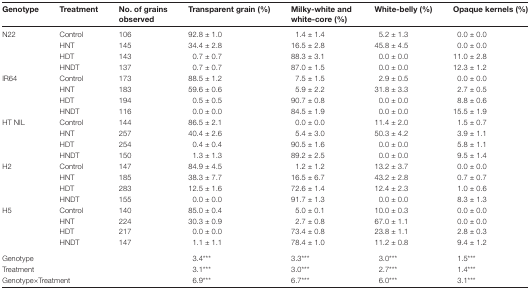
<table><thead><tr><td><b>Genotype</b></td><td><b>Treatment</b></td><td><b>No. of grains observed</b></td><td><b>Transparent grain (%)</b></td><td><b>Milky-white and white-core (%)</b></td><td><b>White-belly (%)</b></td><td><b>Opaque kernels (%)</b></td></tr></thead><tbody><tr><td>N22</td><td>Control</td><td>106</td><td>92.8 ± 1.0</td><td>1.4 ± 1.4</td><td>5.2 ± 1.3</td><td>0.0 ± 0.0</td></tr><tr><td></td><td>HNT</td><td>145</td><td>34.4 ± 2.8</td><td>16.5 ± 2.8</td><td>45.8 ± 4.5</td><td>0.0 ± 0.0</td></tr><tr><td></td><td>HDT</td><td>143</td><td>0.7 ± 0.7</td><td>88.3 ± 3.1</td><td>0.0 ± 0.0</td><td>11.0 ± 2.8</td></tr><tr><td></td><td>HNDT</td><td>137</td><td>0.7 ± 0.7</td><td>87.0 ± 1.5</td><td>0.0 ± 0.0</td><td>12.3 ± 1.2</td></tr><tr><td>IR64</td><td>Control</td><td>173</td><td>88.5 ± 1.2</td><td>7.5 ± 1.5</td><td>2.9 ± 0.5</td><td>0.0 ± 0.0</td></tr><tr><td></td><td>HNT</td><td>183</td><td>59.6 ± 0.6</td><td>5.9 ± 2.2</td><td>31.8 ± 3.3</td><td>2.7 ± 0.5</td></tr><tr><td></td><td>HDT</td><td>194</td><td>0.5 ± 0.5</td><td>90.7 ± 0.8</td><td>0.0 ± 0.0</td><td>8.8 ± 0.6</td></tr><tr><td></td><td>HNDT</td><td>116</td><td>0.0 ± 0.0</td><td>84.5 ± 1.9</td><td>0.0 ± 0.0</td><td>15.5 ± 1.9</td></tr><tr><td>HT NIL</td><td>Control</td><td>144</td><td>86.5 ± 2.1</td><td>0.0 ± 0.0</td><td>11.4 ± 2.0</td><td>1.5 ± 0.7</td></tr><tr><td></td><td>HNT</td><td>257</td><td>40.4 ± 2.6</td><td>5.4 ± 3.0</td><td>50.3 ± 4.2</td><td>3.9 ± 1.1</td></tr><tr><td></td><td>HDT</td><td>254</td><td>0.4 ± 0.4</td><td>90.5 ± 1.6</td><td>0.0 ± 0.0</td><td>5.8 ± 1.1</td></tr><tr><td></td><td>HNDT</td><td>150</td><td>1.3 ± 1.3</td><td>89.2 ± 2.5</td><td>0.0 ± 0.0</td><td>9.5 ± 1.4</td></tr><tr><td>H2</td><td>Control</td><td>147</td><td>84.9 ± 4.5</td><td>1.2 ± 1.2</td><td>13.2 ± 3.7</td><td>0.0 ± 0.0</td></tr><tr><td></td><td>HNT</td><td>185</td><td>38.3 ± 7.7</td><td>16.5 ± 6.7</td><td>43.2 ± 2.8</td><td>0.7 ± 0.7</td></tr><tr><td></td><td>HDT</td><td>283</td><td>12.5 ± 1.6</td><td>72.6 ± 1.4</td><td>12.4 ± 2.3</td><td>1.0 ± 0.6</td></tr><tr><td></td><td>HNDT</td><td>155</td><td>0.0 ± 0.0</td><td>91.7 ± 1.3</td><td>0.0 ± 0.0</td><td>8.3 ± 1.3</td></tr><tr><td>H5</td><td>Control</td><td>140</td><td>85.0 ± 0.4</td><td>5.0 ± 0.1</td><td>10.0 ± 0.3</td><td>0.0 ± 0.0</td></tr><tr><td></td><td>HNT</td><td>224</td><td>30.3 ± 0.9</td><td>2.7 ± 0.8</td><td>67.0 ± 1.1</td><td>0.0 ± 0.0</td></tr><tr><td></td><td>HDT</td><td>217</td><td>0.0 ± 0.0</td><td>73.4 ± 0.8</td><td>23.8 ± 1.1</td><td>2.8 ± 0.3</td></tr><tr><td></td><td>HNDT</td><td>147</td><td>1.1 ± 1.1</td><td>78.4 ± 1.0</td><td>11.2 ± 0.8</td><td>9.4 ± 1.2</td></tr><tr><td colspan="3">Genotype</td><td>3.4***</td><td>3.3***</td><td>3.0***</td><td>1.5***</td></tr><tr><td colspan="3">Treatment</td><td>3.1***</td><td>3.0***</td><td>2.7***</td><td>1.4***</td></tr><tr><td colspan="3">Genotype×Treatment</td><td>6.9***</td><td>6.7***</td><td>6.0***</td><td>3.1***</td></tr></tbody></table>